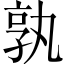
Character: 孰